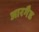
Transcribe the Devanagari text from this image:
आरगैड